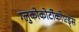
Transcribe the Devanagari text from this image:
ग्लुकोकोर्टीकोएड्स